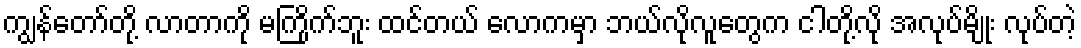
ကျွန်တော်တို့ လာတာကို မကြိုက်ဘူး ထင်တယ် လောကမှာ ဘယ်လိုလူတွေက ငါတို့လို အလုပ်မျိုး လုပ်တဲ့